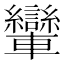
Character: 𨏶